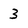
Character: 3